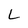
Character: L